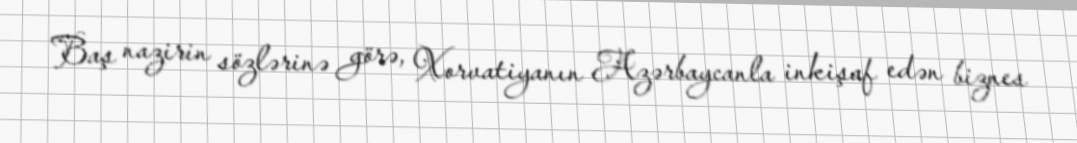
Baş nazirin sözlərinə görə, Xorvatiyanın Azərbaycanla inkişaf edən biznes